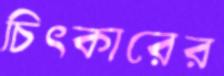
চিৎকারের